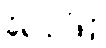
ခံရသဖြင့်